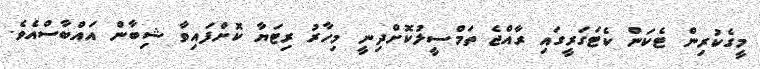
މީގެކުރިން ޓެކަން ކެޓަގަރީގައި ރާއްޖެ ތަމްސީލުކޮށްދިނީ މިހާރު ރިޓަޔާ ކޮށްފައިވާ ޝިބާން އައްބާސްއެވެ.